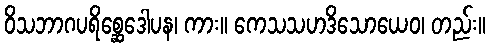
ဝိသဘာဂပရိစ္ဆေဒေါပန၊ ကား။ ကေသသဟဒိသောယေဝ၊ တည်း။